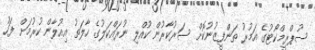
ސުޕްރީމްކޯޓުގެ އަމުރު ތަންފީޒުނުކޮށް ސަރުކާރުން ކުއްލި ނުރައްކަލުގެ ހާލަތު އިއުލާން ކުރުމަށް ފަހު